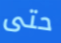
حتى